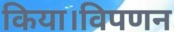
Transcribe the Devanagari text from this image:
किया।विपणन